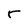
Character: r